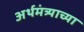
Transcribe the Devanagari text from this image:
अर्थमंत्र्याच्या